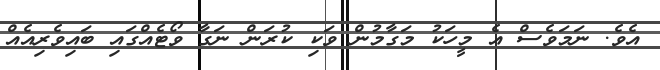
އެވެ. ނަމަވެސް އެ މީހަކު މަގާމުން ވަކި ކުރަން ނަގާ ވޯޓެއްގައި ބައިވެރިއެއް